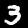
Digit: 3